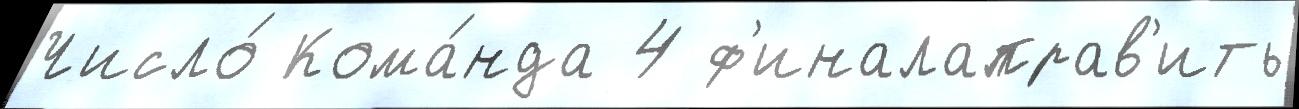
Число́ Кома́нда 4 ф'иналаправ'ить